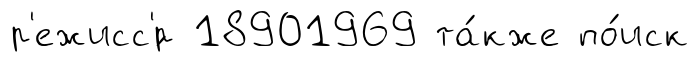
р'ежисс'́р 18901969 та́кже по́иск